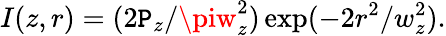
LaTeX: I(z,r)=(2\mathtt{P}_{z}/\piw_{z}^{2})\exp(-2r^{2}/w_{z}^{2}).